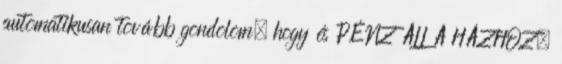
automatikusan tovább gondolom, hogy és PÉNZ ÁLL A HÁZHOZ.